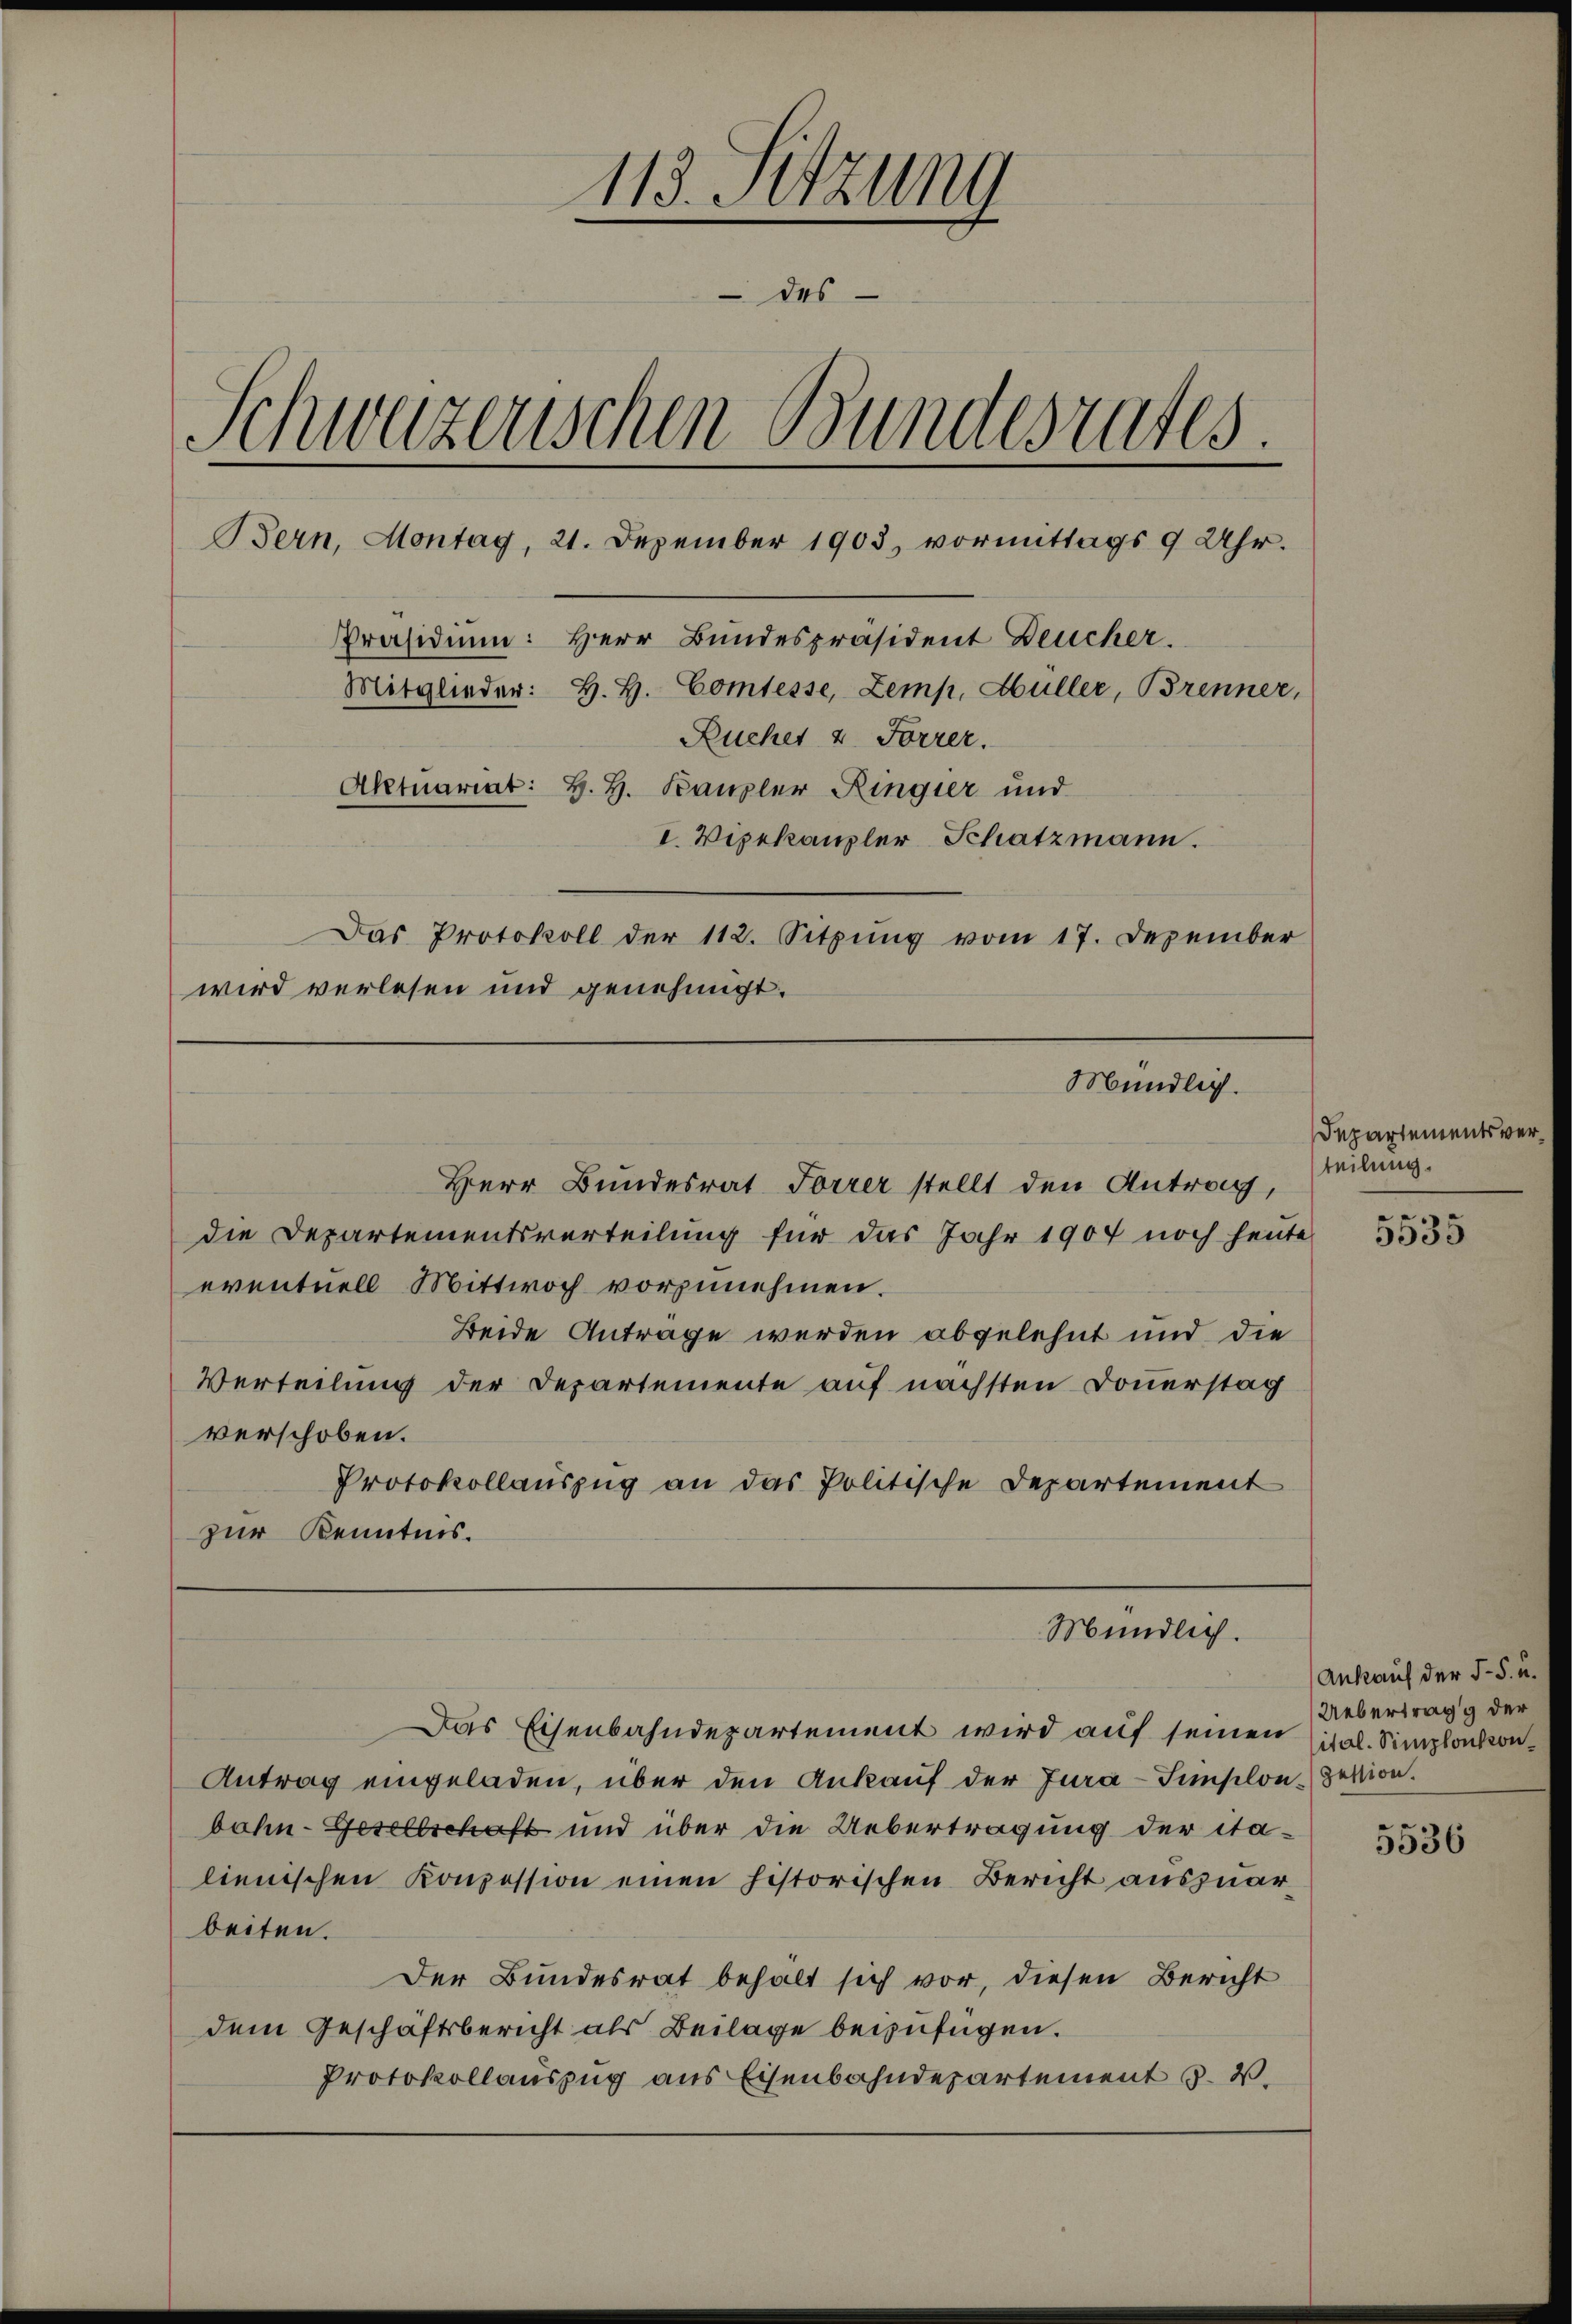
113. Sitzung
 des
Schwazenischen Bundesrates.
Präsidium: Herr Bundespräsident Deucher.
Mitglieder: H. H. Comtesse, Zemp, Hüller, Brenner,
Ruches v. Forrer.
Aktuariat: H. H. Kanzler Ringier und
I. Vizekanzler Schatzmann.
Das Protokoll der 112. Sitzŭng vom 17. Dezember
wird verlesen und genehmigt.

Bern, Montag, 21. Dezember 1903 vormittags 9 Uhr.

Mündlich.

Herr Bundesrat Forrer stellt den Antrag,
die Departementsverteilung für das Jahr 1904 noch heute
eventuell Mittwoch vorzunehmen.
Beide Antrage werden abgelehnt und die
Verteilung der Departemente auf nächsten Douerstag
verschoben.
Protokollauszug an das Politische Departement
zur Kenntnis.

Mündlich.

Das Eisenbahndepartement wird auf seinen (al. Simplackon¬
Antrag eingeladen, über den Ankauf der Jura-Simplon Bestion.
bahn-Gesellschaft und über die Uebertragung der italienischen Konzession einen historischen Bericht auszuarbeiten.
Der Bundesrat behält sich vor, diesen Bericht
dem Geschäftsbericht als Beilage beizufügen.
Protokollauszug aus Eisenbahndepartement §. 2.

Departementsverteilung.

n
5055

Ankauf der §. 5. u.
Uebertrag der

5536